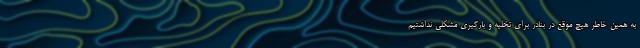
به همین خاطر هیچ موقع در بنادر برای تخلیه و بارگیری مشکلی نداشتیم